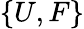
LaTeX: \{ U,F\}